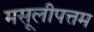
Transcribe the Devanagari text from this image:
मसूलीपत्तम